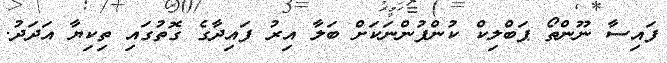
ފައިސާ ނޫންތޯ ޕަބްލިކް ކުންފުންނަކަށް ބަލާ އިރު ފައިދާގެ ގޮތުގައި ތިކިޔާ އަދަދު.